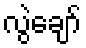
လွဲချော်